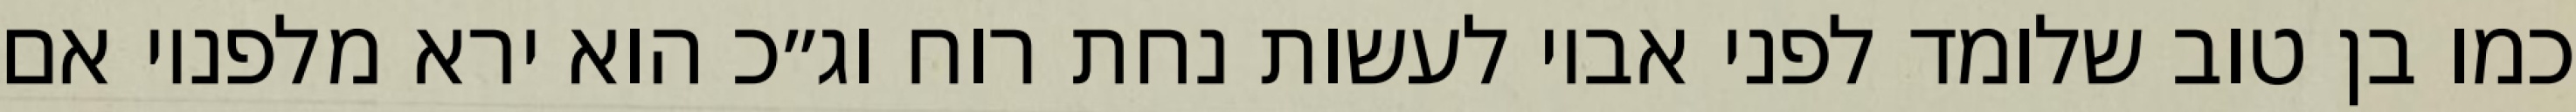
כמו בן טוב שלומד לפני אביו לעשות נחת רוח וג״כ הוא ירא מלפניו אם